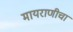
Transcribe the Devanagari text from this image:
मायराणीचा